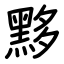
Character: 黟